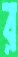
র